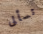
تسألى